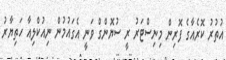
އުތުރު ކޮރެއާގެ ފޮރިން މިނިސްޓަރު ރީ ސުޔޮންގް ވަނީ އެގައުމުން ނިއުކްލިއާ ހަތިޔާރު